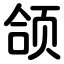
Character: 颌